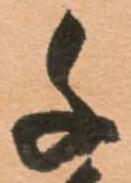
千